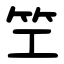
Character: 笁